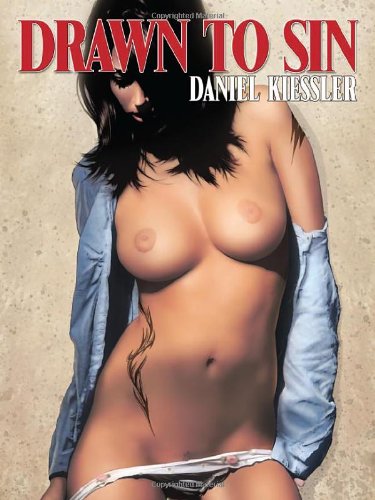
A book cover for Drawn to Sin by Daniel Kiessler; Daniel Kiessler; Arts & Photography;